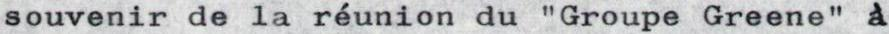
souvenir de la réunion du "Groupe Greene" à